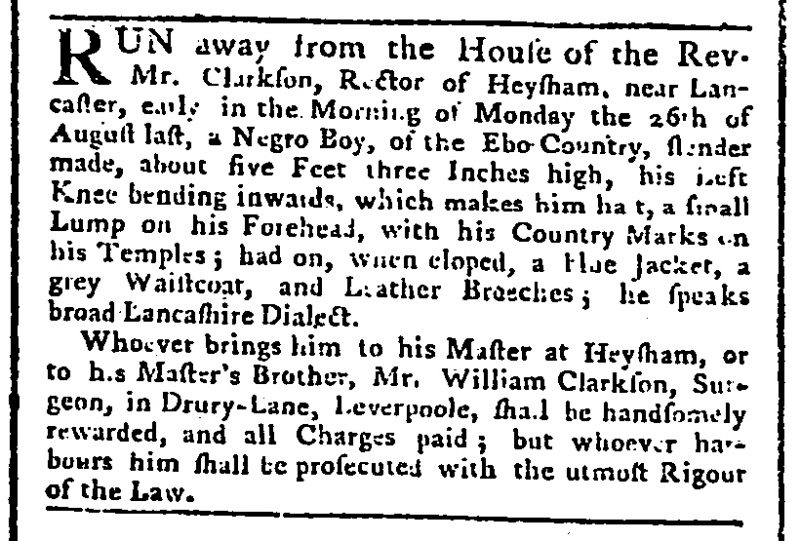
St. James's Chronicle or the British Evening Post, 10 September 1765 (England)
RUN away from the House of the Rev- Mr. Clarkson, Rector of Heysham, near Lancaster, early in the Morning of Monday the 26th of August last, a Negro Boy, of the Ebo Country, slender made, about five Feet three Inches high, his Left Knee bending inwards, which makes him ha[l]t, a small Lump on his Forehead, with his Country Marks on his Temples; had on, when eloped, a blue Jacket, a grey Waistcoat, and Leather Breeches; he speaks broad Lancashire Dialect.  Whoever brings him to his Master at Heysham, or to his Master’s Brother, Mr. William Clarkson, Surgeon, in Drury-Lane, Leverpoole, shall be handsomely rewarded, and all Charges paid; but whoever harbours him shall be prosecuted with the utmost Rigour of the Law.